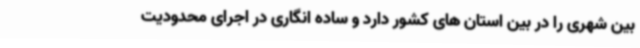
بین شهری را در بین استان های کشور دارد و ساده انگاری در اجرای محدودیت